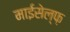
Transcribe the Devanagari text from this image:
माईसेल्फ़